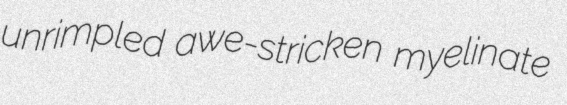
unrimpled awe-stricken myelinate